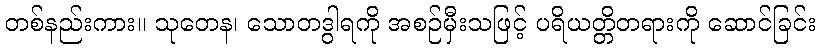
တစ်နည်းကား။ သုတေန၊ သောတဒွါရကို အစဉ်မှီးသဖြင့် ပရိယတ္တိတရားကို ဆောင်ခြင်း